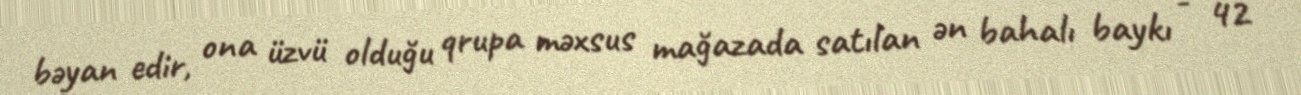
bəyan edir, ona üzvü olduğu qrupa məxsus mağazada satılan ən bahalı baykı - 42